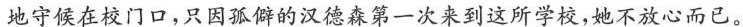
地守候在校门口，只因孤僻的汉德森第一次来到这所学校，她不放心而已。